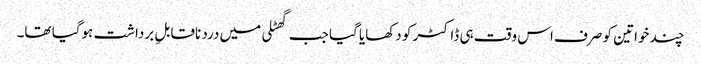
چند خواتین کو صرف اس وقت ہی ڈاکٹر کو دکھایا گیا جب گھٹلی میں درد ناقابلِ برداشت ہوگیا تھا۔